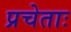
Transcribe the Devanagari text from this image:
प्रचेताः